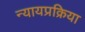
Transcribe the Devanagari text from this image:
न्यायप्रक्रिया